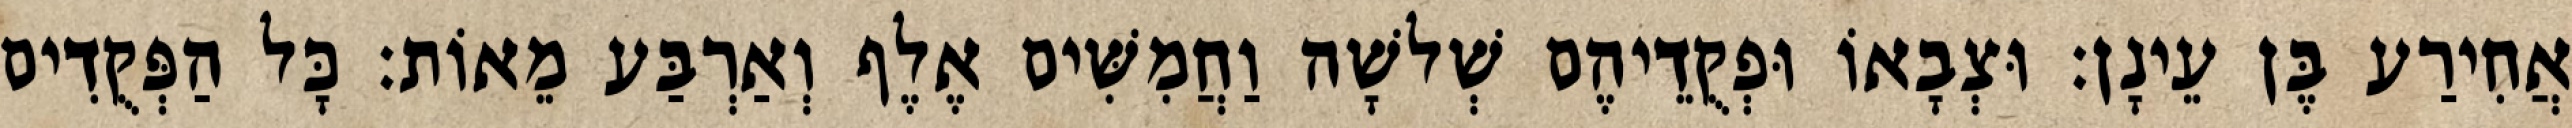
אֲחִירַע בֶּן עֵינָן׃ וּצְבָאוֹ וּפְקֻדֵיהֶם שְׁלשָׁה וַחֲמִשִּׁים אֶלֶף וְאַרְבַּע מֵאוֹת׃ כָּל הַפְּקֻדִים